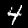
Digit: 4